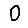
Digit: 0